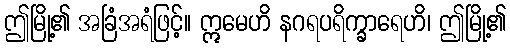
ဤမြို့၏ အခြံအရံဖြင့်။ ဣမေဟိ နဂရပရိက္ခာရေဟိ၊ ဤမြို့၏